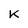
Character: K